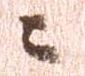
に